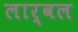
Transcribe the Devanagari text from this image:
लार्वल